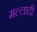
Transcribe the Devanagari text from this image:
मल्लादी